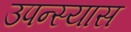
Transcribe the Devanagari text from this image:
उपन्स्यास